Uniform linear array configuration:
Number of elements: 12
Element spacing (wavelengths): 0.75
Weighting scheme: uniform
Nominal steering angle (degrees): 45
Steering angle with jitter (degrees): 43.046
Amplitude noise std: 0.05
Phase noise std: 0.05

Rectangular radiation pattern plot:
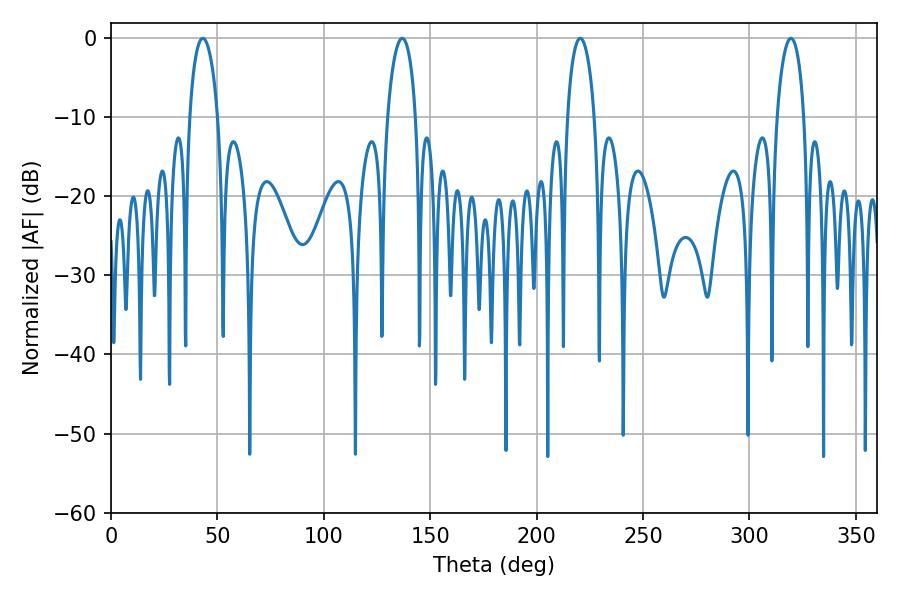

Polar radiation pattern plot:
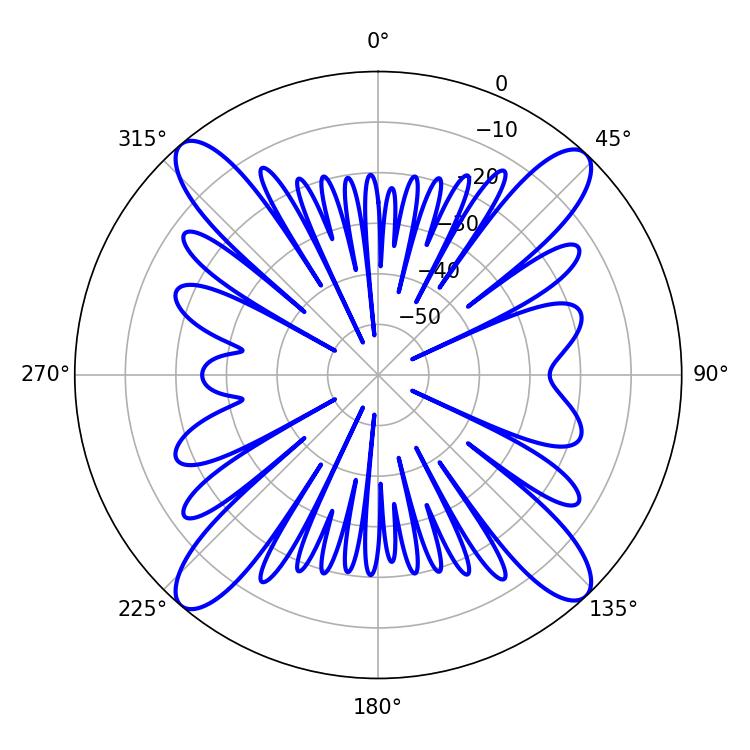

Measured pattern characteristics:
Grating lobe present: TRUE
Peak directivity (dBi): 20.366
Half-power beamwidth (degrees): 7.38
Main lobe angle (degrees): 220.5